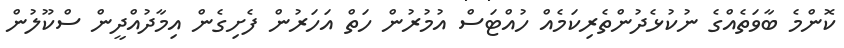
ކޮންމެ ބާވަތެއްގެ ނުކުޅެދުންތެރިކަމެއް ހުއްޓަސް އުމުރުން ހަތް އަހަރުން ފެށިގެން އިމާދުއްދީން ސްކޫލުން